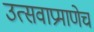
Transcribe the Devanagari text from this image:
उत्सवाप्रमाणेच